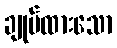
ချုပ်ထားသော